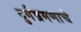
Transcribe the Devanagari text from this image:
दुर्गभ्रमणाचे